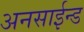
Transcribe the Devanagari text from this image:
अनसाईन्ड